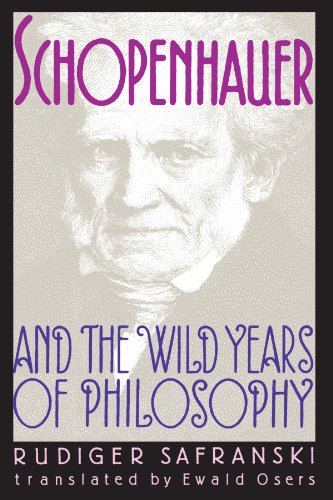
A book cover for Schopenhauer and the Wild Years of Philosophy; RÃ¼diger Safranski; Biographies & Memoirs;